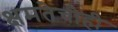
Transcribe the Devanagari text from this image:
क्षमतेचीही